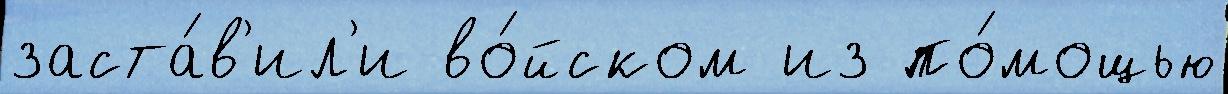
заста́в'ил'и во́йском из по́мощью